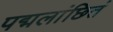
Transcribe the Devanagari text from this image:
पद्मलांछितं